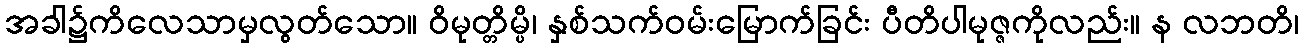
အခါ၌ကိလေသာမှလွတ်သော။ ဝိမုတ္တိမ္ပိ၊ နှစ်သက်ဝမ်းမြောက်ခြင်း ပီတိပါမုဇ္ဇကိုလည်း။ န လဘတိ၊